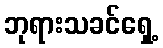
ဘုရားသခင်ရှေ့